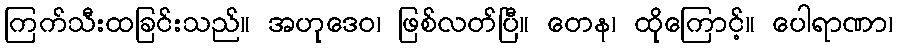
ကြက်သီးထခြင်းသည်။ အဟုဒေဝ၊ ဖြစ်လတ်ပြီ။ တေန၊ ထိုကြောင့်။ ပေါရာဏာ၊